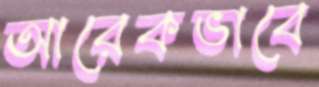
আরেকভাবে